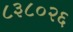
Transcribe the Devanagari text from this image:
८३८०२६